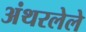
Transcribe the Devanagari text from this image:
अंथरलेले